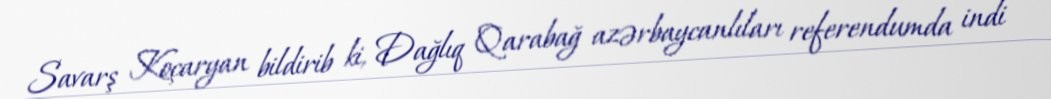
Savarş Koçaryan bildirib ki, Dağlıq Qarabağ azərbaycanlıları referendumda indi